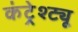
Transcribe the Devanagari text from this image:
कंट्रेश्ट्यू